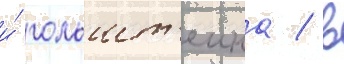
и́ гольшт'еина / в